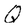
Character: Q